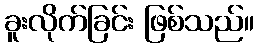
ခူးလိုက်ခြင်း ဖြစ်သည်။